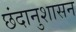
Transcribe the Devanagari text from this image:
छंदानुशासन